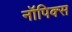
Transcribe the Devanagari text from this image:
नॉपिक्स